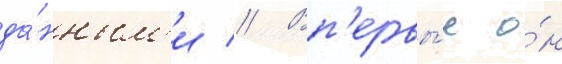
да́нным'и // Вп'ервы́е о́н